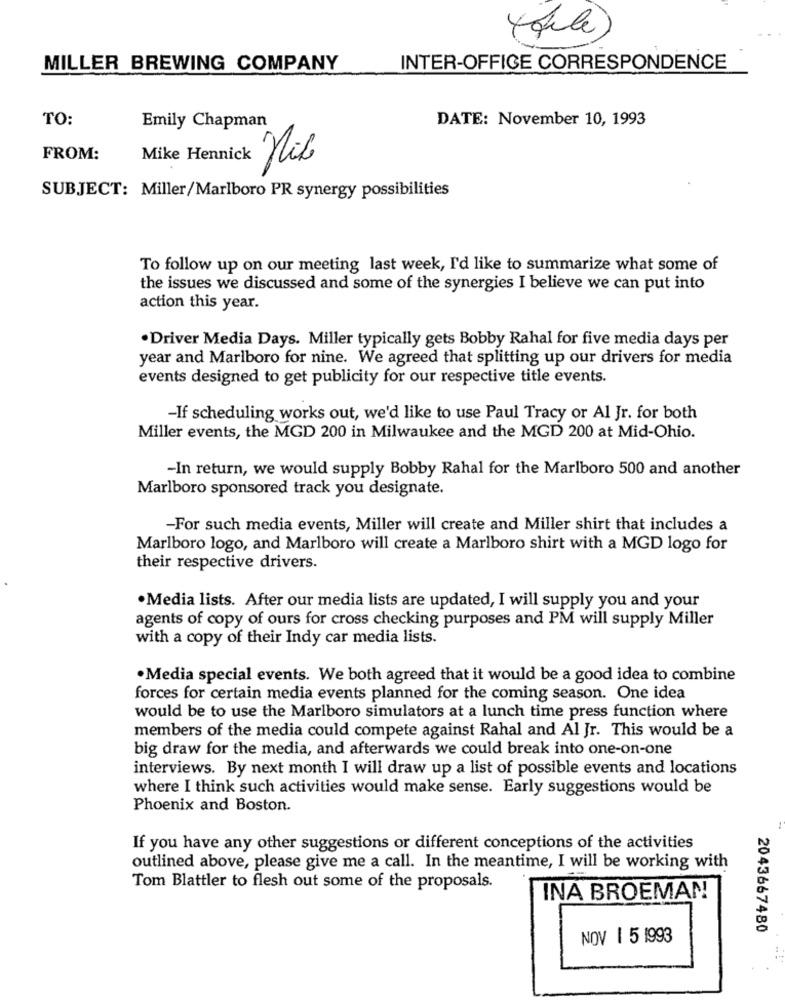
MILLER BREWING COMPANY
INTER-OFFICE CORRESPONDENCE
TO:
DATE: November 10, 1993
Emily Chapman
FROM:
Mike Hennick Rik
SUBJECT: Miller/Marlboro PR synergy possibilities
To follow up on our meeting last week, I'd like to summarize what some of
the issues we discussed and some of the synergies I believe we can put into
action this year.
. Driver Media Days. Miller typically gets Bobby Rahal for five media days per
year and Marlboro for nine. We agreed that splitting up our drivers for media
events designed to get publicity for our respective title events.
-If scheduling works out, we'd like to use Paul Tracy or Al Jr. for both
Miller events, the MGD 200 in Milwaukee and the MGD 200 at Mid-Ohio.
-In return, we would supply Bobby Rahal for the Marlboro 500 and another
Marlboro sponsored track you designate.
-For such media events, Miller will create and Miller shirt that includes a
Marlboro logo, and Marlboro will create a Marlboro shirt with a MGD logo for
their respective drivers.
· Media lists. After our media lists are updated, I will supply you and your
agents of copy of ours for cross checking purposes and PM will supply Miller
with a copy of their Indy car media lists.
· Media special events. We both agreed that it would be a good idea to combine
forces for certain media events planned for the coming season. One idea
would be to use the Marlboro simulators at a lunch time press function where
members of the media could compete against Rahal and Al Jr. This would be a
big draw for the media, and afterwards we could break into one-on-one
interviews. By next month I will draw up a list of possible events and locations
where I think such activities would make sense. Early suggestions would be
Phoenix and Boston.
If you have any other suggestions or different conceptions of the activities
outlined above, please give me a call. In the meantime, I will be working with
Tom Blattler to flesh out some of the proposals.
INA BROEMAN
2043667480
NOV 1 5 1993